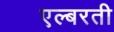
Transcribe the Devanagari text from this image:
एल्बरती